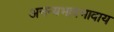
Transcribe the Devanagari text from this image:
अनन्यभावभावाय